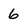
Character: 6